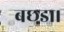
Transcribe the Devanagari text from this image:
बछडा।